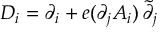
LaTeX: D _ { i } = \partial _ { i } + e ( \partial _ { j } A _ { i } ) \, \tilde { \partial } _ { j }